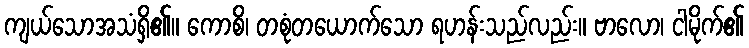
ကျယ်သောအသံရှိ၏။ ကောစိ၊ တစုံတယောက်သော ရဟန်းသည်လည်း။ ဗာလော၊ ငါမိုက်၏